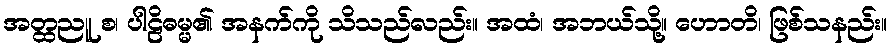
အတ္ထညူ စ၊ ပါဠိဓမ္မ၏ အနက်ကို သိသည်လည်း။ အထံ၊ အဘယ်သို့။ ဟောတိ၊ ဖြစ်သနည်း။